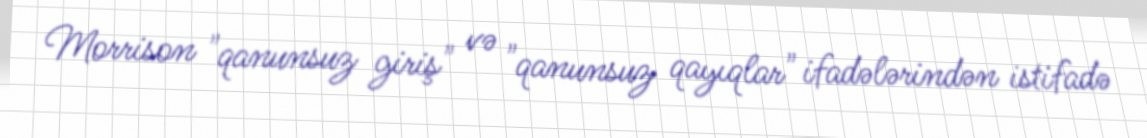
Morrison "qanunsuz giriş" və "qanunsuz qayıqlar" ifadələrindən istifadə